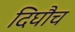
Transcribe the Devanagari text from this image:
दिघौच